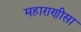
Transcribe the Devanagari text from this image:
महाराणीसा